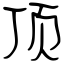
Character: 顶